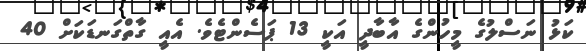
ކަޅު ނަސްލުގެ މީހުންގެ އާބާދީ އަކީ 13 ޕަސެންޓެވެ. އެއީ ގާތްގަނޑަކަށް 40